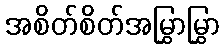
အစိတ်စိတ်အမြွှာမြွှာ